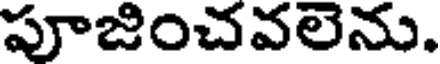
పూజించవలెను.